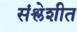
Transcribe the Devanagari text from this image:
संश्लेशीत